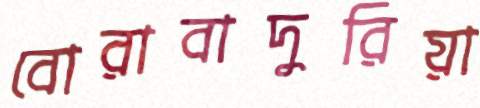
বোরাবাদুরিয়া